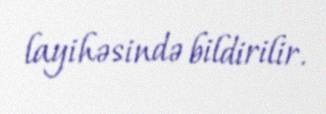
layihəsində bildirilir.